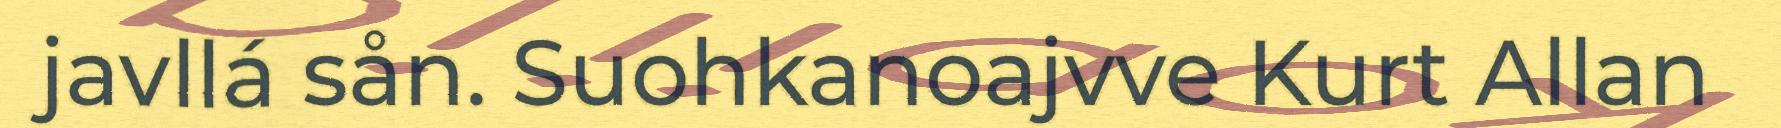
javllá sån. Suohkanoajvve Kurt Allan